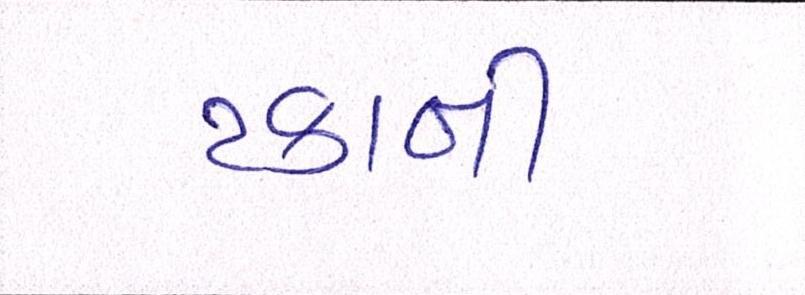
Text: ટકાની